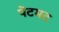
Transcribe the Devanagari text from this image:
पेटमट